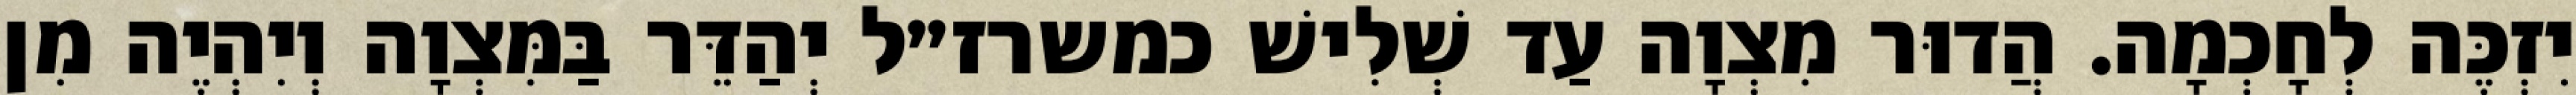
יִזְכֶּה לְחָכְמָה. הֲדוּר מִצְוָה עַד שְׁלִישׁ כמשרז״ל יְהַדֵּר בַּמִּצְוָה וְיִהְיֶה מִן